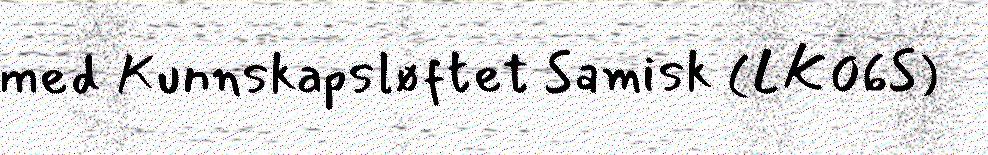
med Kunnskapsløftet Samisk (LK06S)